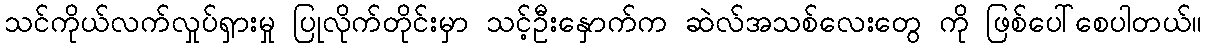
သင်ကိုယ်လက်လှုပ်ရှားမှု ပြုလိုက်တိုင်းမှာ သင့်ဦးနှောက်က ဆဲလ်အသစ်လေးတွေ ကို ဖြစ်ပေါ်စေပါတယ်။